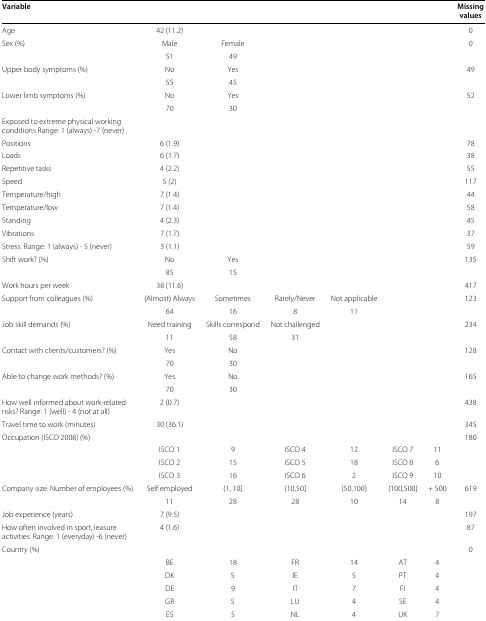
<table><thead><tr><td><b>Variable</b></td><td></td><td></td><td></td><td></td><td></td><td></td><td><b>Missing</b></td></tr><tr><td></td><td></td><td></td><td></td><td></td><td></td><td></td><td><b>values</b></td></tr></thead><tbody><tr><td>Age</td><td>42 (11.2)</td><td></td><td></td><td></td><td></td><td></td><td>0</td></tr><tr><td>Sex (%)</td><td>Male</td><td>Female</td><td></td><td></td><td></td><td></td><td>0</td></tr><tr><td></td><td>51</td><td>49</td><td></td><td></td><td></td><td></td><td></td></tr><tr><td>Upper body symptoms (%)</td><td>No</td><td>Yes</td><td></td><td></td><td></td><td></td><td>49</td></tr><tr><td></td><td>55</td><td>45</td><td></td><td></td><td></td><td></td><td></td></tr><tr><td>Lower limb symptoms (%)</td><td>No</td><td>Yes</td><td></td><td></td><td></td><td></td><td>52</td></tr><tr><td></td><td>70</td><td>30</td><td></td><td></td><td></td><td></td><td></td></tr><tr><td>Exposed to extreme physical working</td><td></td><td></td><td></td><td></td><td></td><td></td><td></td></tr><tr><td>conditions Range: 1 (always) -7 (never)</td><td></td><td></td><td></td><td></td><td></td><td></td><td></td></tr><tr><td>Positions</td><td>6 (1.9)</td><td></td><td></td><td></td><td></td><td></td><td>78</td></tr><tr><td>Loads</td><td>6 (1.7)</td><td></td><td></td><td></td><td></td><td></td><td>38</td></tr><tr><td>Repetitive tasks</td><td>4 (2.2)</td><td></td><td></td><td></td><td></td><td></td><td>55</td></tr><tr><td>Speed</td><td>5 (2)</td><td></td><td></td><td></td><td></td><td></td><td>117</td></tr><tr><td>Temperature/high</td><td>7 (1.4)</td><td></td><td></td><td></td><td></td><td></td><td>44</td></tr><tr><td>Temperature/low</td><td>7 (1.4)</td><td></td><td></td><td></td><td></td><td></td><td>58</td></tr><tr><td>Standing</td><td>4 (2.3)</td><td></td><td></td><td></td><td></td><td></td><td>45</td></tr><tr><td>Vibrations</td><td>7 (1.7)</td><td></td><td></td><td></td><td></td><td></td><td>37</td></tr><tr><td>Stress. Range: 1 (always) - 5 (never)</td><td>3 (1.1)</td><td></td><td></td><td></td><td></td><td></td><td>59</td></tr><tr><td>Shift work? (%)</td><td>No</td><td>Yes</td><td></td><td></td><td></td><td></td><td>135</td></tr><tr><td></td><td>85</td><td>15</td><td></td><td></td><td></td><td></td><td></td></tr><tr><td>Work hours per week</td><td>38 (11.6)</td><td></td><td></td><td></td><td></td><td></td><td>417</td></tr><tr><td>Support from colleagues (%)</td><td>(Almost) Always</td><td>Sometimes</td><td>Rarely/Never</td><td>Not applicable</td><td></td><td></td><td>123</td></tr><tr><td></td><td>64</td><td>16</td><td>8</td><td>11</td><td></td><td></td><td></td></tr><tr><td>Job skill demands (%)</td><td>Need training</td><td>Skills correspond</td><td>Not challenged</td><td></td><td></td><td></td><td>234</td></tr><tr><td></td><td>11</td><td>58</td><td>31</td><td></td><td></td><td></td><td></td></tr><tr><td>Contact with clients/customers? (%)</td><td>Yes</td><td>No</td><td></td><td></td><td></td><td></td><td>128</td></tr><tr><td></td><td>70</td><td>30</td><td></td><td></td><td></td><td></td><td></td></tr><tr><td>Able to change work methods? (%)</td><td>Yes</td><td>No</td><td></td><td></td><td></td><td></td><td>165</td></tr><tr><td></td><td>70</td><td>30</td><td></td><td></td><td></td><td></td><td></td></tr><tr><td>How well informed about work-related</td><td>2 (0.7)</td><td></td><td></td><td></td><td></td><td></td><td>438</td></tr><tr><td>risks? Range: 1 (well) - 4 (not at all)</td><td></td><td></td><td></td><td></td><td></td><td></td><td></td></tr><tr><td>Travel time to work (minutes)</td><td>30 (36.1)</td><td></td><td></td><td></td><td></td><td></td><td>345</td></tr><tr><td>Occupation (ISCO 2008) (%)</td><td></td><td></td><td></td><td></td><td></td><td></td><td>180</td></tr><tr><td></td><td>ISCO 1</td><td>9</td><td>ISCO 4</td><td>12</td><td>ISCO 7</td><td>11</td><td></td></tr><tr><td></td><td>ISCO 2</td><td>15</td><td>ISCO 5</td><td>18</td><td>ISCO 8</td><td>6</td><td></td></tr><tr><td></td><td>ISCO 3</td><td>16</td><td>ISCO 6</td><td>2</td><td>ISCO 9</td><td>10</td><td></td></tr><tr><td>Company size. Number of employees (%)</td><td>Self employed</td><td>(1, 10]</td><td>(10,50]</td><td>(50,100]</td><td>(100,500]</td><td>+ 500</td><td>619</td></tr><tr><td></td><td>11</td><td>28</td><td>28</td><td>10</td><td>14</td><td>8</td><td></td></tr><tr><td>Job experience (years)</td><td>7 (9.5)</td><td></td><td></td><td></td><td></td><td></td><td>197</td></tr><tr><td>How often involved in sport, leasure</td><td>4 (1.6)</td><td></td><td></td><td></td><td></td><td></td><td>87</td></tr><tr><td>activities. Range: 1 (everyday) -6 (never)</td><td></td><td></td><td></td><td></td><td></td><td></td><td></td></tr><tr><td>Country (%)</td><td></td><td></td><td></td><td></td><td></td><td></td><td>0</td></tr><tr><td></td><td>BE</td><td>18</td><td>FR</td><td>14</td><td>AT</td><td>4</td><td></td></tr><tr><td></td><td>DK</td><td>5</td><td>IE</td><td>5</td><td>PT</td><td>4</td><td></td></tr><tr><td></td><td>DE</td><td>9</td><td>IT</td><td>7</td><td>FI</td><td>4</td><td></td></tr><tr><td></td><td>GR</td><td>5</td><td>LU</td><td>4</td><td>SE</td><td>4</td><td></td></tr><tr><td></td><td>ES</td><td>5</td><td>NL</td><td>4</td><td>UK</td><td>7</td><td></td></tr></tbody></table>